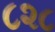
૮૨૮